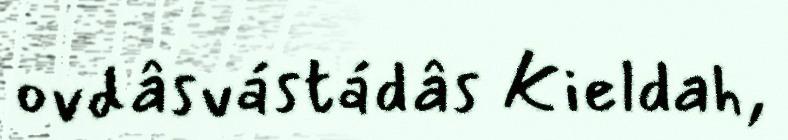
ovdâsvástádâs Kieldah,